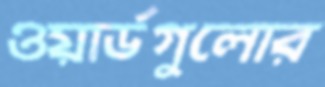
ওয়ার্ডগুলোর